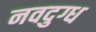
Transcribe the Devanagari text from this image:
नवदुग्ध